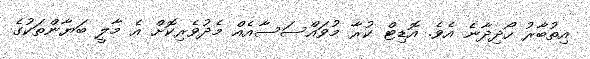
އިތުބާރު ހޯދިދާނެ އެވެ. އޮޑިޓް ކުރާ މުވައްސަސާއެއް މެދުވެރިކޮށް އެ މާލީ ބަޔާންތަކުގެ